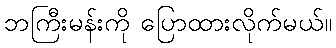
ဘကြီးမန်းကို ပြောထားလိုက်မယ်။